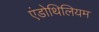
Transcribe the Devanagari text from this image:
एंडोथिलियम